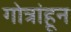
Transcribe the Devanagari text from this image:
गोत्रांहून